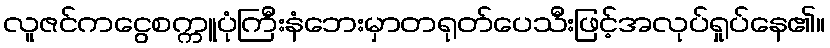
လူဇင်ကငွေစက္ကူပုံကြီးနံဘေးမှာတရုတ်ပေသီးဖြင့်အလုပ်ရှုပ်နေ၏။